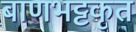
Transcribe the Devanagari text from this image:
बाणभट्टकृत